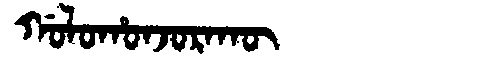
Manchu: ᡤᠣᠯᠣᡥᠣᠨᠵᠣᡵᠠᡴᡡ
Romanization: GOLOHONJORAKŪ